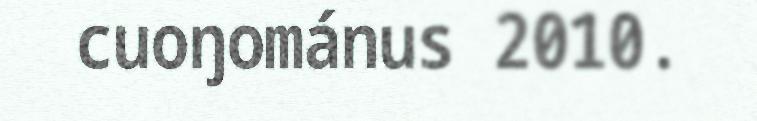
cuoŋománus 2010.